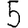
Digit: 5